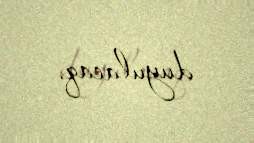
duyulacaq.